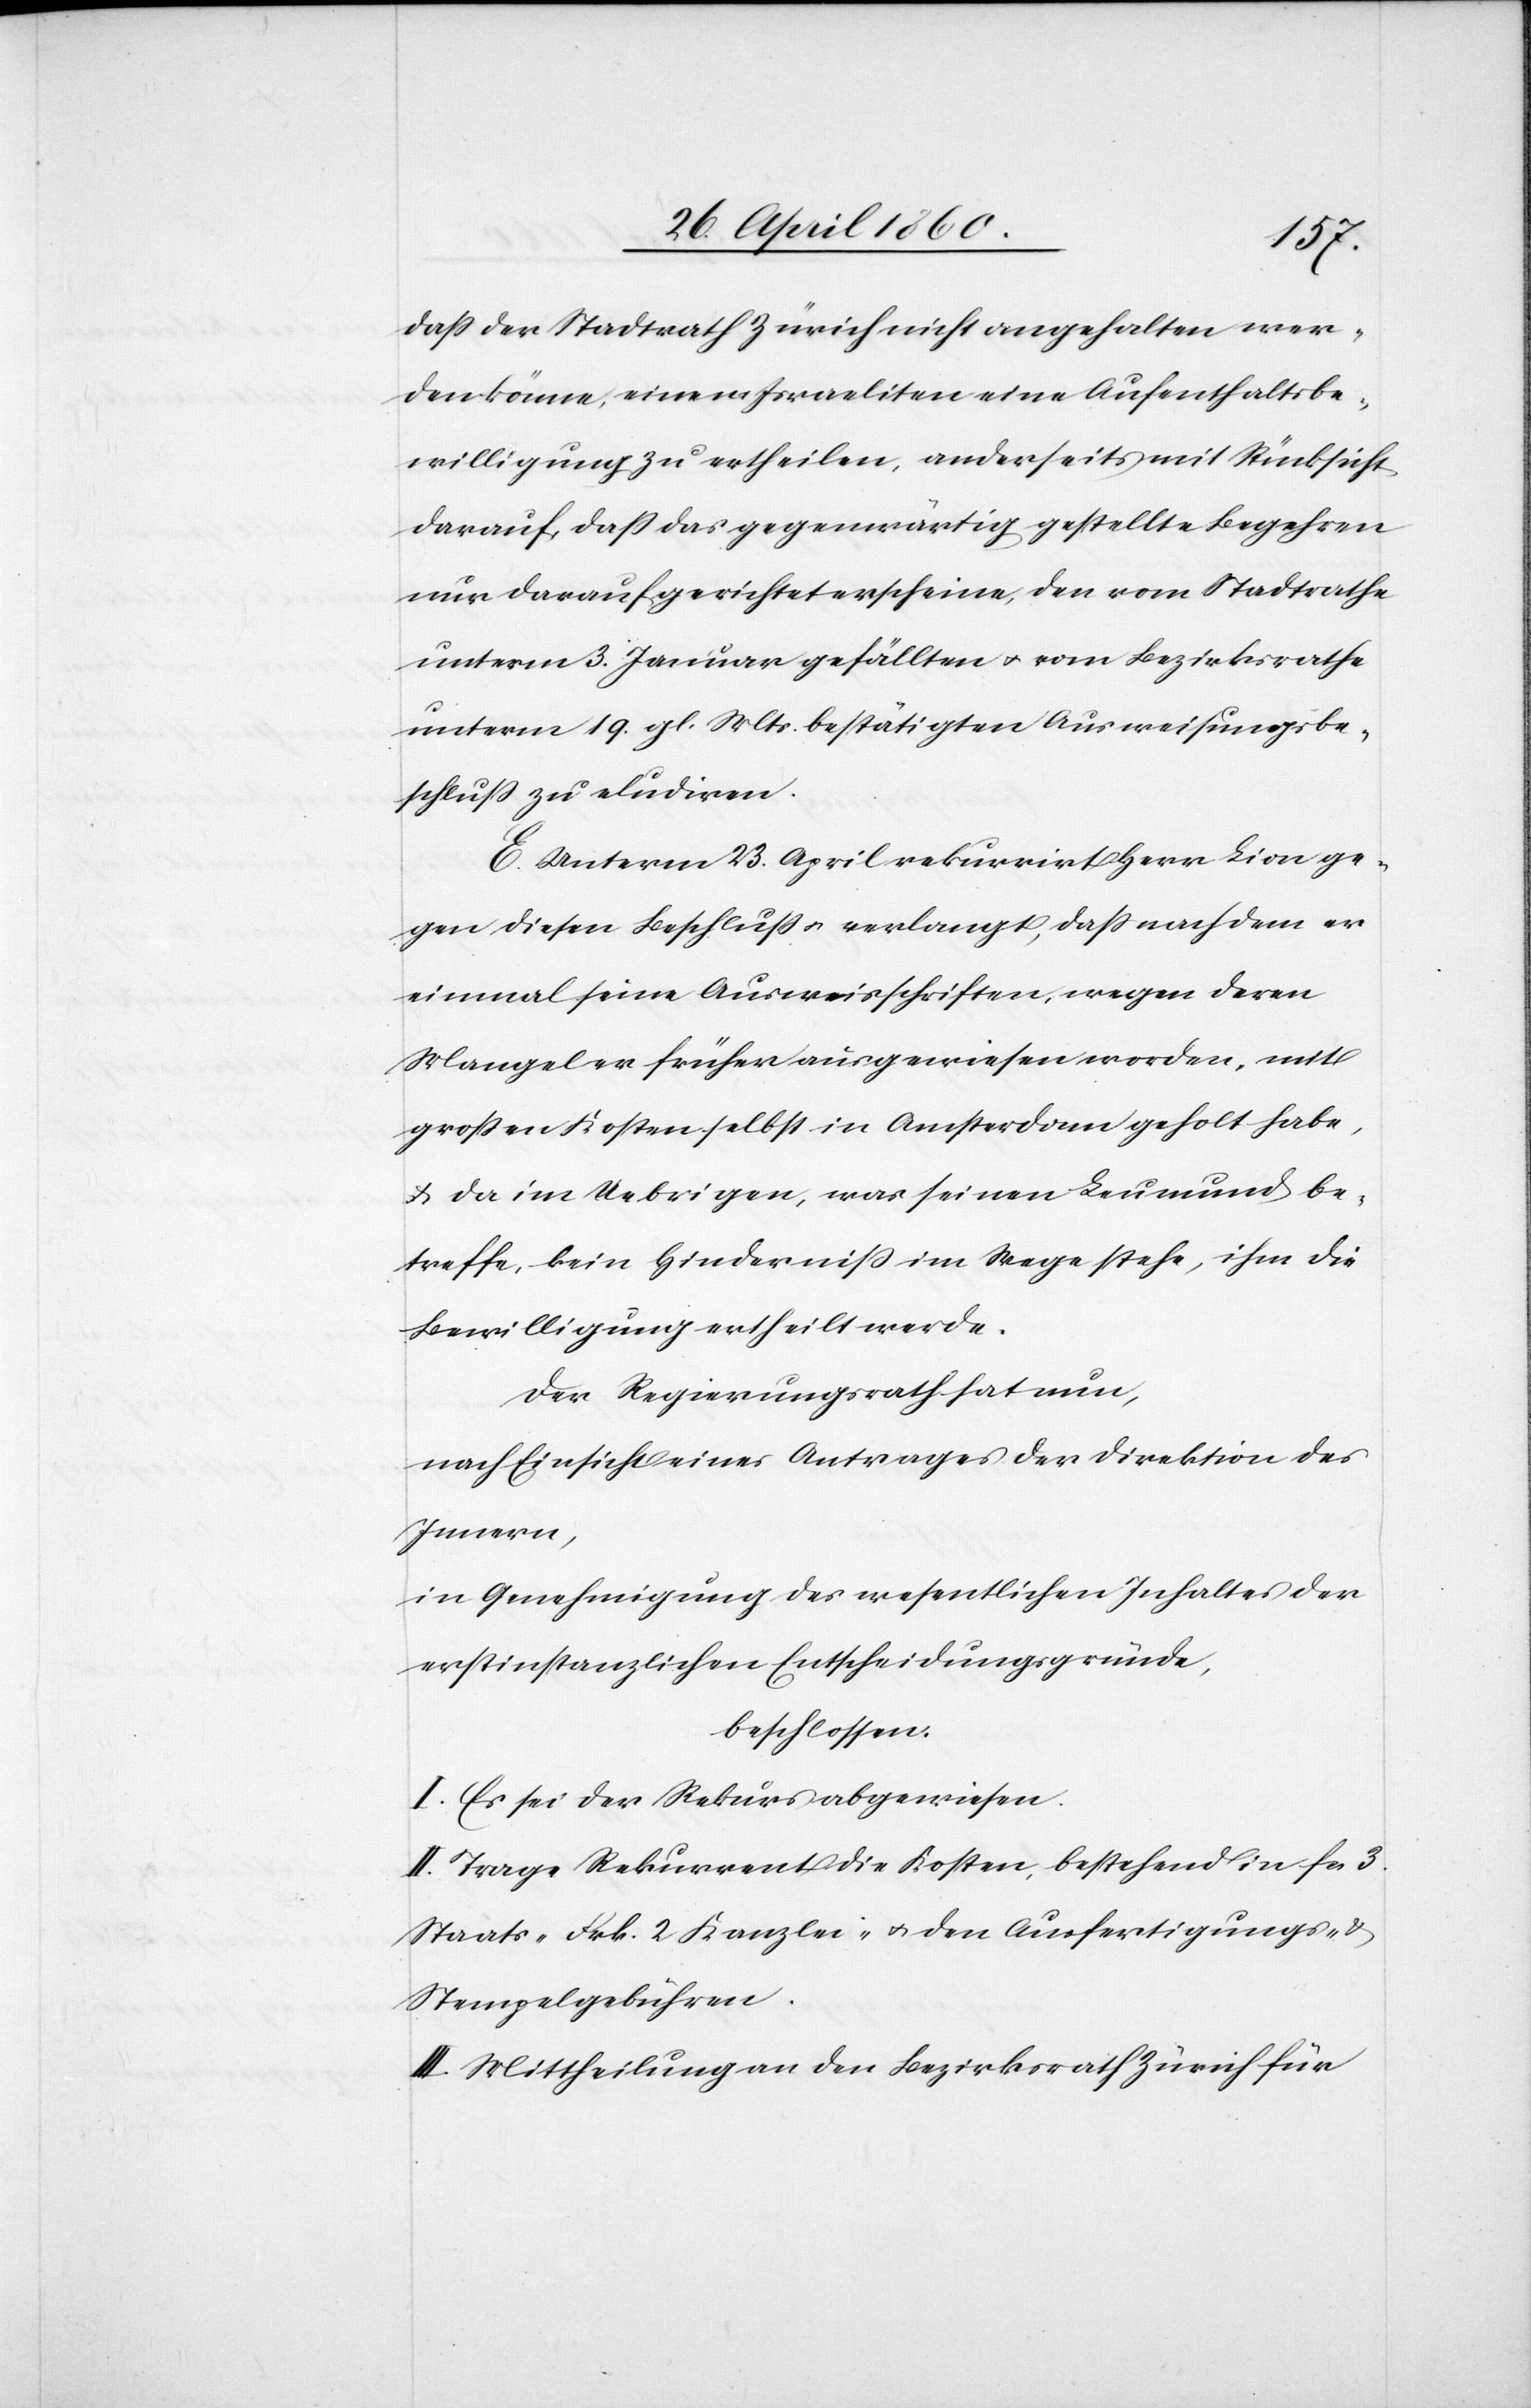
dass der Stadtrath Zürich nicht angehalten wer¬
den könne, einem Israeliten eine Aufenthaltsbe¬
willigung zu ertheilen, anderseits mit Rücksicht
darauf, dass das gegenwärtig gestellte Begehren
nur darauf gerichtet erscheine, den vom Stadtrathe
unterm 3. Januar gefällten u. vom Bezirksrathe
unterm 19. gl. Mts. bestätigten Ausweisungsbe¬
schluss zu eludiren.
E. Unterm 23. April rekurrirt Herr Lion ge¬
gen diesen Beschluss u. verlangt, dass nach dem er
einmal seine Ausweisschriften, wegen deren
Mangel er früher ausgewiesen worden, mit
grossen Kosten selbst in Amsterdam geholt habe,
u. da im Uebrigen, was seinen Leumund be¬
treffe, kein Hinderniss im Wege stehe, ihm die
Bewilligung ertheilt werde.
Der Regierungsrath hat nun,
nach Einsicht eines Antrages der Direktion des
Innern,
in Genehmigung des wesentlichen Inhaltes der
erstinstanzlichen Entscheidungsgründe,
beschlossen:
I. Es sei der Rekurs abgewiesen.
II. Trage Rekurrent die Kosten, bestehend in fcs. 3
Staats-[,] Frk. 2 Kanzlei- u. den Ausfertigungs- u.
Stempelgebühren.
III. Mittheilung an den Bezirksrath Zürich für